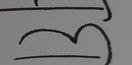
Signature authenticity: forged